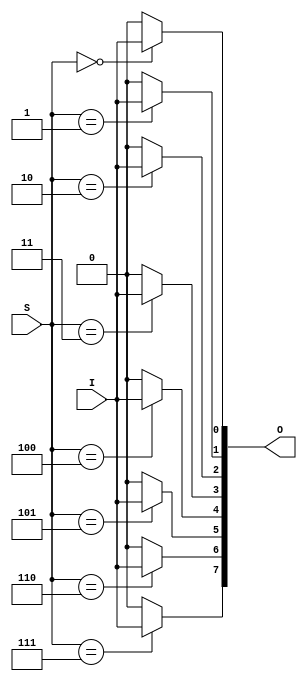
//CH2_18DEMUX.V

module CH2_18DEMUX(
	I, S,
	O
	);

input I;
input [2:0]S;
output [7:0]O;

wire [7:0]O;

assign O[0] = (S == 3'b000)?I:1'b0;
assign O[1] = (S == 3'b001)?I:1'b0;
assign O[2] = (S == 3'b010)?I:1'b0;
assign O[3] = (S == 3'b011)?I:1'b0;
assign O[4] = (S == 3'b100)?I:1'b0;
assign O[5] = (S == 3'b101)?I:1'b0;
assign O[6] = (S == 3'b110)?I:1'b0;
assign O[7] = (S == 3'b111)?I:1'b0;


endmodule